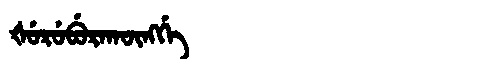
Manchu: ᡧᡠᡵᡠᠪᡠᡵᠠᡴᡡᠩᡤᡝ
Romanization: ŠURUBURAKŪNGGE